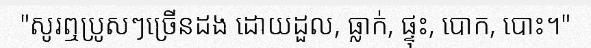
"សូរឮប្រូសៗច្រើនដង ដោយដួល, ធ្លាក់, ផ្ទុះ, បោក, បោះ។"